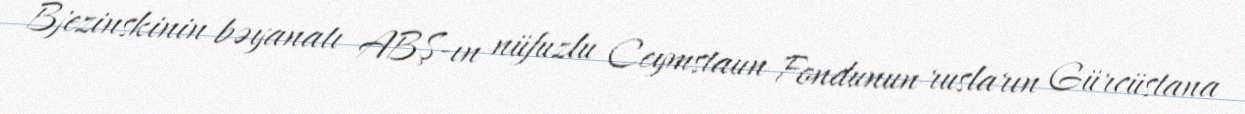
Bjezinskinin bəyanatı ABŞ-ın nüfuzlu Ceymstaun Fondunun rusların Gürcüstana